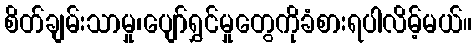
စိတ်ချမ်းသာမှု၊ပျော်ရွှင်မှုတွေကိုခံစားရပါလိမ့်မယ်။